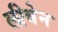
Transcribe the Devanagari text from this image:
लीबेन